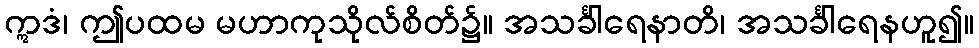
ဣဒံ၊ ဤပထမ မဟာကုသိုလ်စိတ်၌။ အသင်္ခါရေနာတိ၊ အသင်္ခါရေနဟူ၍။